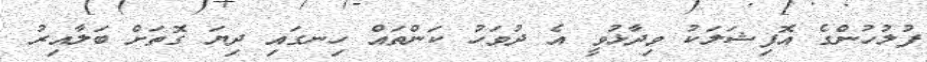
ފުލުހުންގެ އޮފިޝަލަކު ވިދާޅުވީ އެ ދުވަހު ކަންތައް ހިނގައި ދިޔަ ގޮތަށް ބަލާއިރު